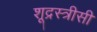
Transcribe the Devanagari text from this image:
शूद्रस्त्रीसी